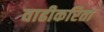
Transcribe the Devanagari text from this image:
वाढीकरिता